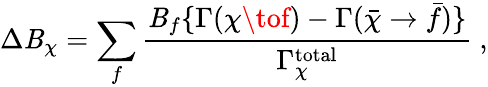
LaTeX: \Delta\mathit{B}_{\chi}=\sum_{f}\frac{{\mathit{B}_{f}\{ \Gamma(\chi\tof)-\Gamma(\bar{{\chi}}\to\bar{{f}})\} }}{{\Gamma_{\chi}^{\mathrm{{total}}}}}~,